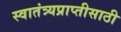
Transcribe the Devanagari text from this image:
स्वातंत्र्यप्राप्तीसाठी